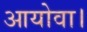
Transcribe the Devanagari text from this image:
आयोवा।